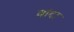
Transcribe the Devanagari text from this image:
वांदा